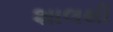
શાલથી